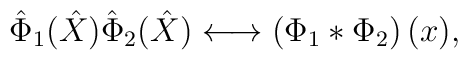
\hat{\Phi}_1(\hat{X})\hat{\Phi}_2(\hat{X}) \longleftrightarrow\left(\Phi_1 * \Phi_2\right)(x),